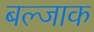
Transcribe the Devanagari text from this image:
बल्जाक